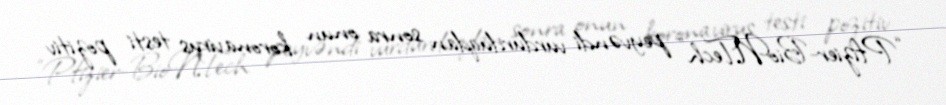
“Pfizier-BioNTech” peyvəndi vurdurduqdan sonra onun koronavirus testi pozitiv